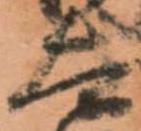
太